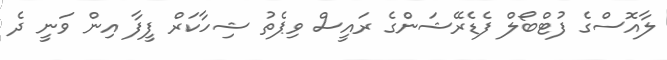
ލާއޮސްގެ ފުޓްބޯލް ފެޑެރޭޝަންގެ ރައީސް ވިޕެތު ޝިހާކަރް ފީފާ އިން ވަނީ ދެ